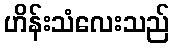
ဟိန်းသံလေးသည်